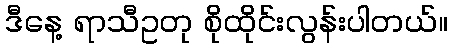
ဒီနေ့ ရာသီဥတု စိုထိုင်းလွန်းပါတယ်။